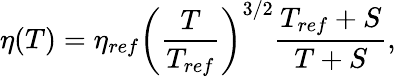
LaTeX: \eta(T)=\eta_{ref}\left(\frac{T}{T_{ref}}\right)^{3/2}\frac{T_{ref}+S}{T+S},